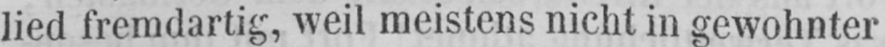
lied fremdartig, weil meistens nicht in gewohnter